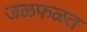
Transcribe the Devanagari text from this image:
जळफळत